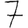
Digit: 7